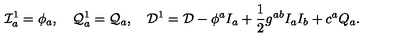
{ \cal I } _ { a } ^ { 1 } = \phi _ { a } , \quad { \cal Q } _ { a } ^ { 1 } = { \cal Q } _ { a } , \quad { \cal D } ^ { 1 } = { \cal D } - \phi ^ { a } I _ { a } + \frac { 1 } { 2 } g ^ { a b } I _ { a } I _ { b } + c ^ { a } Q _ { a } .